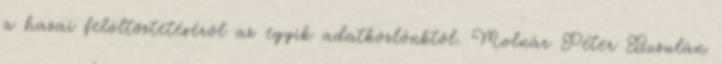
a hazai felöltöztetéséről az egyik adatközlőnktől. Molnár Péter Busulán